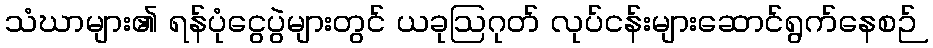
သံဃာများ၏ ရန်ပုံငွေပွဲများတွင် ယခုဩဂုတ် လုပ်ငန်းများဆောင်ရွက်နေစဉ်